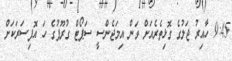
9:45 ހާއިރު ޖަލުގެ ގޮޅިތެރެއަށް ވަން އިމަޖެންސީ ސަޕޯޓް ގުރޫޕުގެ ހަ އޮފިސަރަކަށް